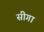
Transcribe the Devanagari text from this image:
सीगा